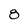
Character: 8